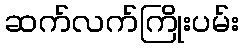
ဆက်လက်ကြိုးပမ်း